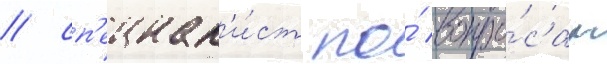
/ сп'ециал'и́ст по́ вопро́сам